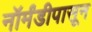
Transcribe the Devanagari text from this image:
नॉर्मंडीपासून